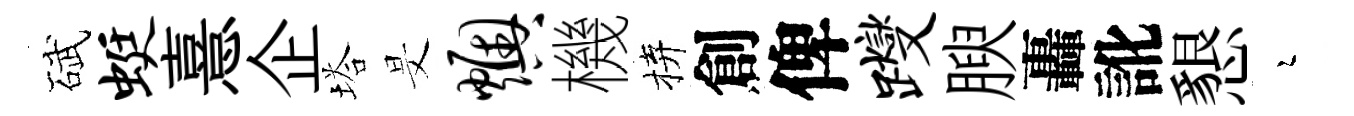
碔蜓憙企塔旻燠機拚創俾躞腴轟訛懇瑟